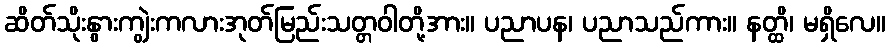
ဆိတ်သိုးနွားကျွဲးကလားအုတ်မြည်းသတ္တဝါတို့အား။ ပညာပန၊ ပညာသည်ကား။ နတ္ထိ၊ မရှိလေ။